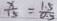
\frac { x } { 1 5 } = \frac { 1 . 5 } { 0 . 5 }